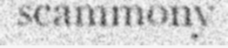
scammony